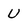
Character: U